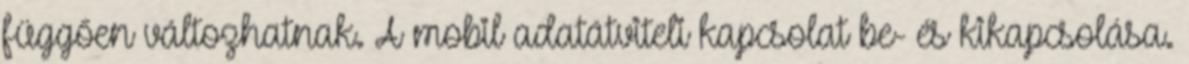
függően változhatnak. A mobil adatátviteli kapcsolat be- és kikapcsolása.